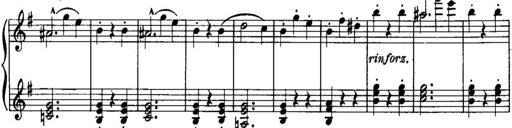
Title: Piano Sonatina No.1, Op.146
Composer: Stephen Heller